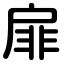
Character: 扉